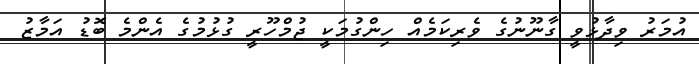
އުމަރު ވިދާޅުވީ ގާނޫނުގެ ވެރިކަމެއް ހިންގުމަކީ ޖުމްހޫރީ ގުޅުމުގެ އެންމެ ބޮޑު އަމާޒު